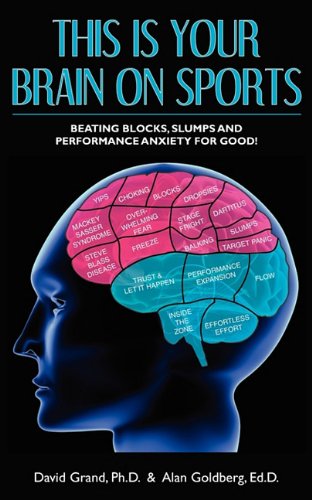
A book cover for This is Your Brain on Sports: Beating Blocks, Slumps and Performance Anxiety for Good!; Dr. David Grand; Sports & Outdoors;